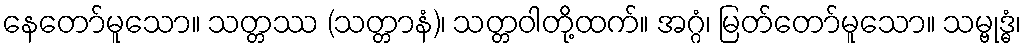
နေတော်မူသော။ သတ္တဿ (သတ္တာနံ)၊ သတ္တဝါတို့ထက်။ အဂ္ဂံ၊ မြတ်တော်မူသော။ သမ္ဗုဒ္ဓံ၊